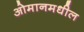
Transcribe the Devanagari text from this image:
ओमानमधील